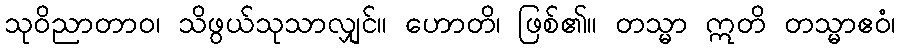
သုဝိညာတာဝ၊ သိဖွယ်သုသာလျှင်။ ဟောတိ၊ ဖြစ်၏။ တသ္မာ ဣတိ တသ္မာဧဝံ၊